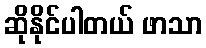
ဆိုနိုင်ပါတယ် ဖာသာ